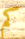
كم